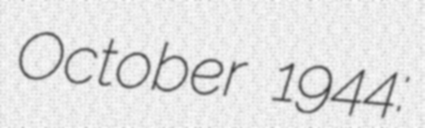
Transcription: October 1944: